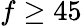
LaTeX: f\geq 45